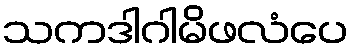
သကဒါဂါမိဖလံပေ